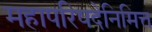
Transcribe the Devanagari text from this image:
महापरिषदेनिमित्त